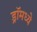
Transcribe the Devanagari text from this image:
ड्रॉमध्ये